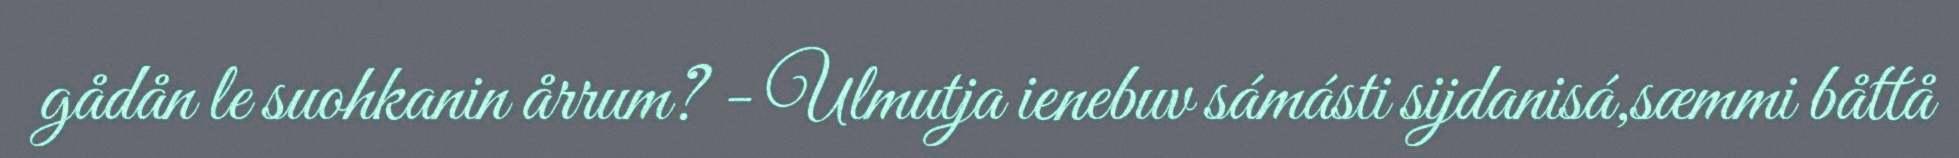
gådån le suohkanin årrum? - Ulmutja ienebuv sámásti sijdanisá,sæmmi båttå